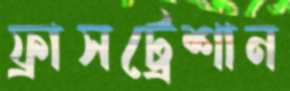
ফ্রাসট্রেশান